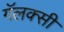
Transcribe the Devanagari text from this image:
गॅलक्सी